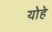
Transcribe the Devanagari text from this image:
योहे